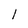
Character: l